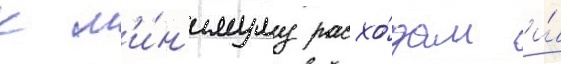
к м'и́н'имуму расхо́дам и́